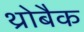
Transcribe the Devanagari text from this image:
थ्रोबैक